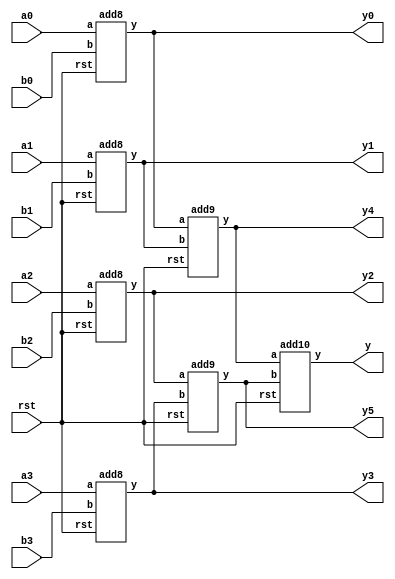
module pes_add(y,y0,y1,y2,y3,y4,y5,a0,a1,a2,a3,b0,b1,b2,b3,rst);
input [7:0] a0,a1,a2,a3,b0,b1,b2,b3;
input rst;
output wire[10:0] y;

output wire [8:0] y0,y1,y2,y3;
output wire [9:0] y4,y5;

 


add8 A1(y0,a0,b0,rst);
add8 A2(y1,a1,b1,rst);
add8 A3(y2,a2,b2,rst);
add8 A4(y3,a3,b3,rst);


add9 A5(y4,y0,y1,rst);
add9 A6(y5,y2,y3,rst);

add10 A7(y,y4,y5,rst);


endmodule

module add8(y,a,b,rst);
input wire[7:0] a,b;
 reg cin;
output reg[8:0] y;
input wire rst;
reg[5:0] d1;
reg[2:0] d2;
always @*
begin
if(rst)
y=0;
else begin
cin = a[2] & b[2];
d2[0] = 1;
d2[1]= a[1] | b[1];

if(a[2] & b[2])
d2[2] = a[1] & b[1];
else 
d2[2] = a[2] | b[2];
d1=a[7:3] + b[7:3]+cin ;
y = {d1,d2}; 
end
end
endmodule


module add9(y,a,b,rst);
input wire[8:0] a,b;
output reg[9:0] y;
 reg cin ;
input wire rst;
reg[6:0] d1;
reg[2:0] d2;

always @*
begin
if(rst) 
y=0;
else 
begin
cin = a[2] & b[2];
d2[0] = 1;
d2[1]= a[1] | b[1];

if(a[2] & b[2])
d2[2] = a[1] & b[1];
else 
d2[2] = a[2] | b[2];
d1= a[8:3] + b[8:3] + cin ;
y={d1,d2};
end
end


endmodule


module add10(y,a,b,rst);
input wire[9:0] a,b;
output reg[10:0] y;
 reg cin ;
input wire rst;
reg[7:0] d1;
reg[2:0] d2;

always @* 
begin
if(rst)
y=0;
else 
begin
cin = a[2] & b[2];
d2[0] = 1;
d2[1]= a[1] | b[1];

if(a[2] & b[2])
d2[2] = a[1] & b[1];
else 
d2[2] = a[2] | b[2];
d1=a[9:3] + b[9:3] + cin  ;
y={d1,d2};
end
end



endmodule